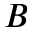
B